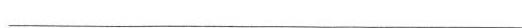
___